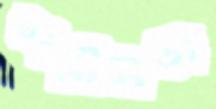
শরীলডা